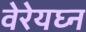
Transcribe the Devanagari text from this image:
वेरेयघ्न